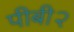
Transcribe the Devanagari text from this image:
पीबी२